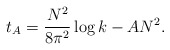
\begin{align*}t_A=\frac{N^2}{8\pi^2} \log k- A N^2.\end{align*}